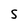
Character: S